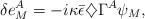
LaTeX: \begin{align*}\delta e^A_M=-i\kappa{\bar\epsilon}\diamondsuit\Gamma^A\psi_M,\end{align*}